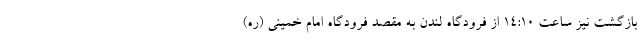
بازگشت نیز ساعت ۱۴:۱۰ از فرودگاه لندن به مقصد فرودگاه امام خمینی (ره)